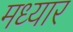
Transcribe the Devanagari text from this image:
मध्यार